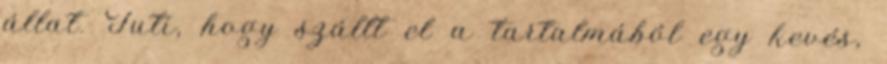
állat. Tuti, hogy szállt el a tartalmából egy kevés,